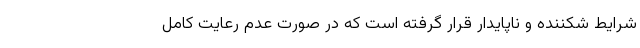
شرایط شکننده و ناپایدار قرار گرفته است که در صورت عدم رعایت کامل